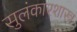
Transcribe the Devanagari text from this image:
सुलंकारशास्त्र